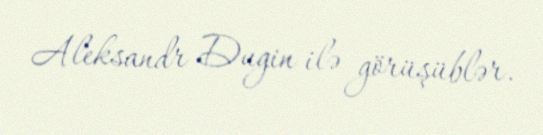
Aleksandr Dugin ilə görüşüblər.